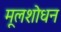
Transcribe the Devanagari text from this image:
मूलशोधन